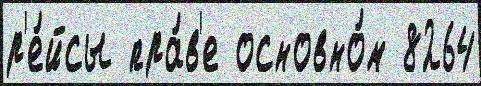
р'е́йсы пра́в'е основно́м 8264